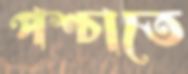
পশ্চাতে